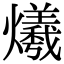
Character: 爔